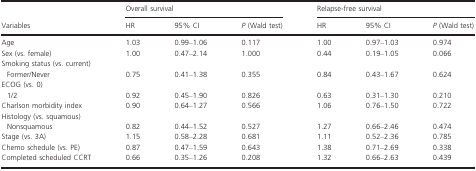
<table><thead><tr><td></td><td colspan="3"><b>Overall survival</b></td><td colspan="3"><b>Relapse-free survival</b></td></tr><tr><td><b>Variables</b></td><td><b>HR</b></td><td><b>95% CI</b></td><td><b><i>P</i> (Wald test)</b></td><td><b>HR</b></td><td><b>95% CI</b></td><td><b><i>P</i> (Wald test)</b></td></tr></thead><tbody><tr><td>Age</td><td>1.03</td><td>0.99–1.06</td><td>0.117</td><td>1.00</td><td>0.97–1.03</td><td>0.974</td></tr><tr><td>Sex (vs. female)</td><td>1.00</td><td>0.47–2.14</td><td>1.000</td><td>0.44</td><td>0.19–1.05</td><td>0.066</td></tr><tr><td colspan="7">Smoking status (vs. current)</td></tr><tr><td> Former/Never</td><td>0.75</td><td>0.41–1.38</td><td>0.355</td><td>0.84</td><td>0.43–1.67</td><td>0.624</td></tr><tr><td colspan="7">ECOG (vs. 0)</td></tr><tr><td> 1/2</td><td>0.92</td><td>0.45–1.90</td><td>0.826</td><td>0.63</td><td>0.31–1.30</td><td>0.210</td></tr><tr><td>Charlson morbidity index</td><td>0.90</td><td>0.64–1.27</td><td>0.566</td><td>1.06</td><td>0.76–1.50</td><td>0.722</td></tr><tr><td colspan="7">Histology (vs. squamous)</td></tr><tr><td> Nonsquamous</td><td>0.82</td><td>0.44–1.52</td><td>0.527</td><td>1.27</td><td>0.66–2.46</td><td>0.474</td></tr><tr><td>Stage (vs. 3A)</td><td>1.15</td><td>0.58–2.28</td><td>0.681</td><td>1.11</td><td>0.52–2.36</td><td>0.785</td></tr><tr><td>Chemo schedule (vs. PE)</td><td>0.87</td><td>0.47–1.59</td><td>0.643</td><td>1.38</td><td>0.71–2.69</td><td>0.338</td></tr><tr><td>Completed scheduled CCRT</td><td>0.66</td><td>0.35–1.26</td><td>0.208</td><td>1.32</td><td>0.66–2.63</td><td>0.439</td></tr></tbody></table>